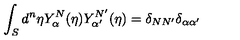
\int _ { S } d ^ { n } { \eta } Y _ { \alpha } ^ { N } ( \eta ) Y _ { \alpha ^ { \prime } } ^ { N ^ { \prime } } ( \eta ) = \delta _ { N N ^ { \prime } } \delta _ { \alpha \alpha ^ { \prime } }